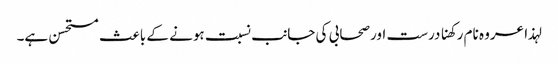
لہذا عروہ نام رکھنا درست اورصحابی کی جانب نسبت ہونے کے باعث مستحسن ہے۔